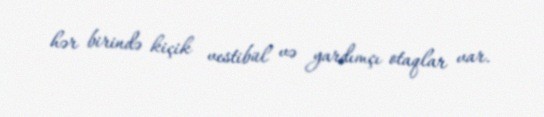
hər birində kiçik vestibül və yardımçı otaqlar var.